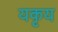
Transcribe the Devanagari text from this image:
यकृय